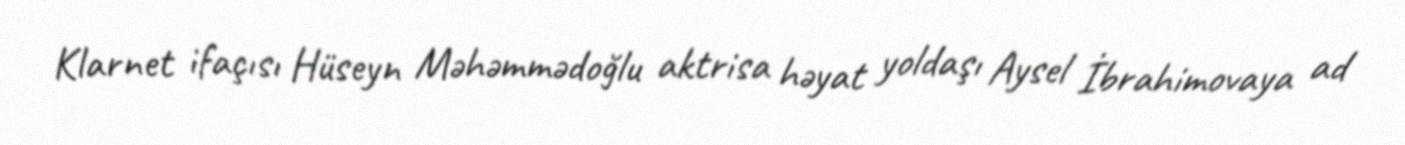
Klarnet ifaçısı Hüseyn Məhəmmədoğlu aktrisa həyat yoldaşı Aysel İbrahimovaya ad